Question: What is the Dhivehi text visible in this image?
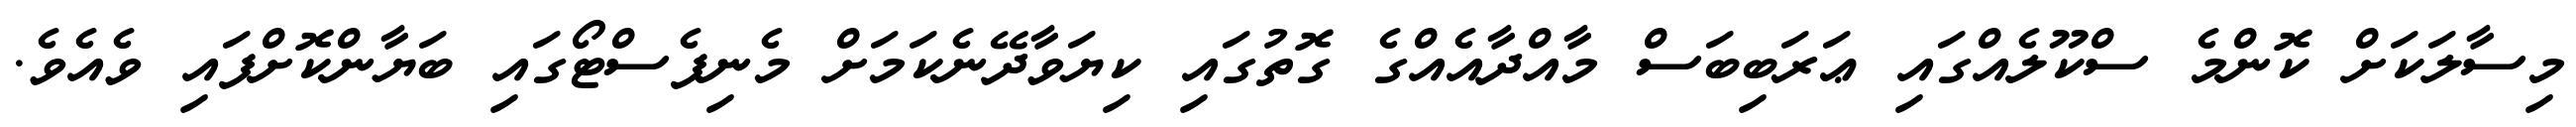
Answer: މިސާލަކަށް ކޮންމެ ސްކޫލެއްގައި ޢަރަބިބަސް މާއްދާއެއްގެ ގޮތުގައި ކިޔަވާދޭނެކަމަށް މެނިފެސްޓޯގައި ބަޔާންކޮށްފައި ވެއެވެ.